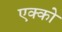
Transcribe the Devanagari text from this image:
एक्को